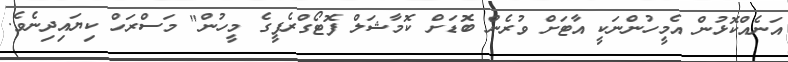
އަނެއްކޮޅުން އެމީހުންނަކީ އާޓަށް ވުރެން ބޮޑަށް ކޮމާޝަލް ފޮޓޯގްރެފީގެ މީހުން" މަސްރަހް ކިޔައިދިނެވެ.